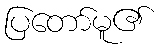
ပြတော်မူ၏